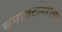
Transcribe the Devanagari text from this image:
बनावटगिरीच्या